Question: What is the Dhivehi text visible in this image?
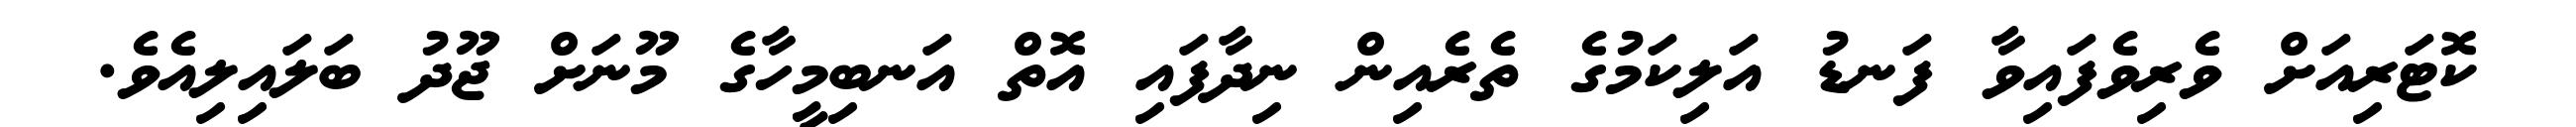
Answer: ކޮޓަރިއަށް ވެރިވެފައިވާ ފަނޑު އަލިކަމުގެ ތެރެއިން ނިދާފައި އޮތް އަނބިމީހާގެ މޫނަށް ޖޫދު ބަލައިލިއެވެ.